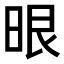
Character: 𭦂